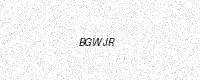
Text: BGWJR